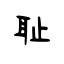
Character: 耻